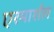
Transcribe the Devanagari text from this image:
एरमार्शल